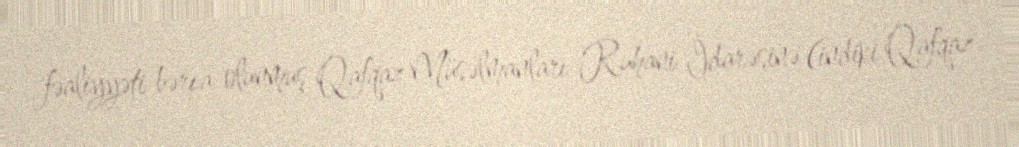
fəaliyyəti bərpa olunmuş Qafqaz Müsəlmanları Ruhani İdarəsinə (indiki Qafqaz